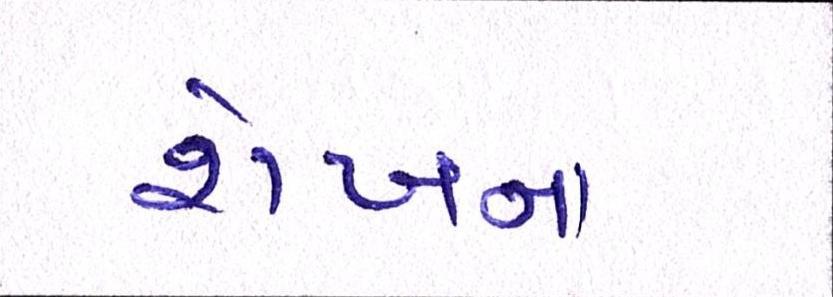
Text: શેખના